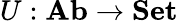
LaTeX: U:{\textbf{Ab}}\to{\textbf{Set}}